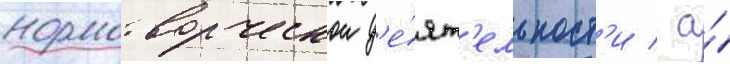
нормотворческои д'е́ят'ельност'и / а́